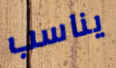
يناسب